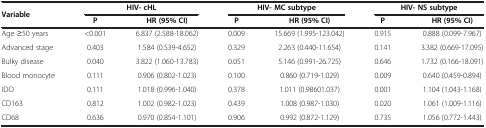
<table><thead><tr><td rowspan="2"><b>Variable</b></td><td colspan="2"><b>HIV- cHL</b></td><td colspan="2"><b>HIV- MC subtype</b></td><td colspan="2"><b>HIV- NS subtype</b></td></tr><tr><td><b>P</b></td><td><b>HR (95% CI)</b></td><td><b>P</b></td><td><b>HR (95% CI)</b></td><td><b>P</b></td><td><b>HR (95% CI)</b></td></tr></thead><tbody><tr><td>Age ≥50 years</td><td>&lt;0.001</td><td>6.837 (2.588-18.062)</td><td>0.009</td><td>15.669 (1.995-123.042)</td><td>0.915</td><td>0.888 (0.099-7.967)</td></tr><tr><td>Advanced stage</td><td>0.403</td><td>1.584 (0.539-4.652)</td><td>0.329</td><td>2.263 (0.440-11.654)</td><td>0.141</td><td>3.382 (0.669-17.095)</td></tr><tr><td>Bulky disease</td><td>0.040</td><td>3.822 (1.060-13.783)</td><td>0.051</td><td>5.146 (0.991-26.725)</td><td>0.646</td><td>1.732 (0.166-18.091)</td></tr><tr><td>Blood monocyte</td><td>0.111</td><td>0.906 (0.802-1.023)</td><td>0.100</td><td>0.860 (0.719-1.029)</td><td>0.009</td><td>0.640 (0.459-0.894)</td></tr><tr><td>IDO</td><td>0.111</td><td>1.018 (0.996-1.040)</td><td>0.378</td><td>1.011 (0.98601.037)</td><td>0.001</td><td>1.104 (1.043-1.168)</td></tr><tr><td>CD163</td><td>0.812</td><td>1.002 (0.982-1.023)</td><td>0.439</td><td>1.008 (0.987-1.030)</td><td>0.020</td><td>1.061 (1.009-1.116)</td></tr><tr><td>CD68</td><td>0.636</td><td>0.970 (0.854-1.101)</td><td>0.906</td><td>0.992 (0.872-1.129)</td><td>0.735</td><td>1.056 (0.772-1.443)</td></tr></tbody></table>